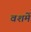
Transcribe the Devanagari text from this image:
वशमें